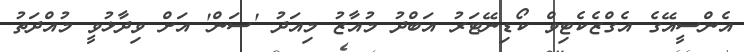
އެންސީއޭގެ އެގްޒެކެޓިވް ކޯޑިނޭޓަރު އަބްދު މުއާޒު މިއަދު 'ސަން' އަށް ވިދާޅުވީ މުއްދަތު